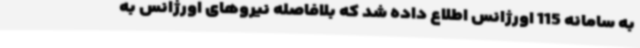
به سامانه 115 اورژانس اطلاع داده شد که بلافاصله نیروهای اورژانس به